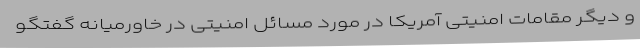
و دیگر مقامات امنیتی آمریکا در مورد مسائل امنیتی در خاورمیانه گفتگو